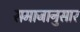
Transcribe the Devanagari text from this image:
समाजानुसार